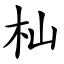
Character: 杣